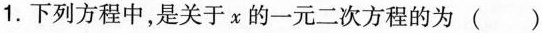
1.下列方程中，是关于x的一元二次方程的为()